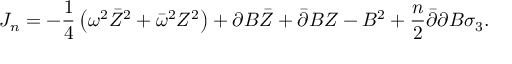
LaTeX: J _ { n } = - \frac 1 4 \left( \omega ^ { 2 } \bar { Z } ^ { 2 } + \bar { \omega } ^ { 2 } Z ^ { 2 } \right) + \partial B \bar { Z } + \bar { \partial } B Z - B ^ { 2 } + \frac n 2 \bar { \partial } \partial B \sigma _ { 3 } .